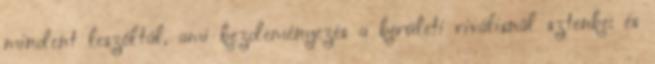
mindent leszóltál, ami kezdeményezés a kerületi riválisnál sztenke: és